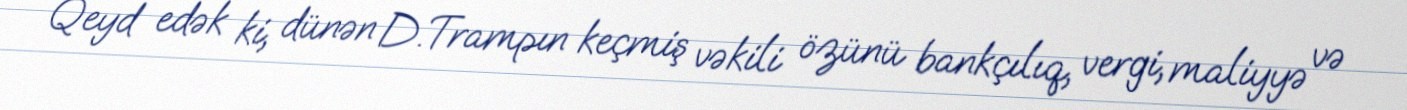
Qeyd edək ki, dünən D.Trampın keçmiş vəkili özünü bankçılıq, vergi, maliyyə və